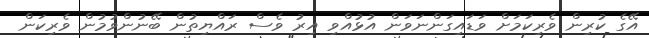
އޭގެ ކުރިން ވެރިކަމަށް ވަޑައިގަންނަވަން އުޅުއްވި އިރު ވެސް ރައްޔިތުން ބޭނުންވުމުން ވެރިކަން